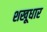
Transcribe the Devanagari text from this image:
शखूधार